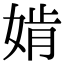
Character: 𡞚